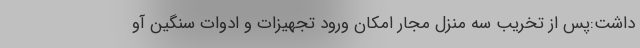
داشت:پس از تخریب سه منزل مجار امکان ورود تجهیزات و ادوات سنگین آو